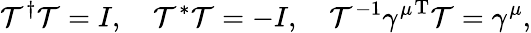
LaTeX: {\cal T}^{\dagger}{\cal T}=I,\quad{\cal T}^{*}{\cal T}=-I,\quad{\cal T}^{-1}{\gamma^{\mu}}^{\mathrm{T}}{\cal T}=\gamma^{\mu},